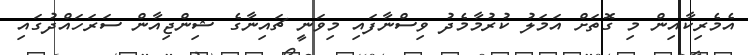
އެމެރިކާއިން މި ގޮތަށް އަމަލު ކުރުމާމެދު ވިސްނާފައި މިވަނީ ޗައިނާގެ ޝިންޖިއާން ސަރަހައްދުގައި